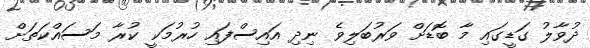
ދުވާލު ގަޑީގައި މާ ބޮޑަށް ވަރުބަލިވެ ނިދި އައިސްފައި ހުރުމަކީ ކުރާ މަސައްކަތަށް